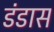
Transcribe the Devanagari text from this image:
डंडास